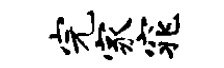
完家窕